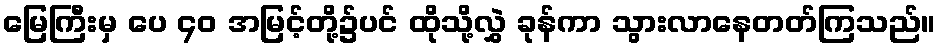
မြေကြီးမှ ပေ ၄၀ အမြင့်တို့၌ပင် ထိုသို့လွှဲ ခုန်ကာ သွားလာနေတတ်ကြသည်။